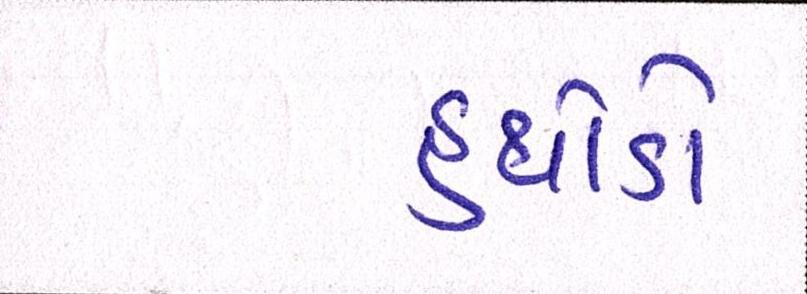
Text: હથોડો